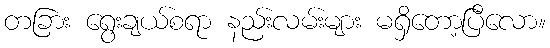
တခြား ရွေးချယ်စရာ နည်းလမ်းများ မရှိတော့ပြီလော။